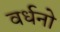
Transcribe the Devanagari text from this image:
वर्धनो